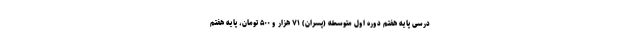
درسی پایه هفتم دوره اول متوسطه (پسران) ۷۱ هزار و ۵۰۰ تومان، پایه هفتم